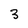
Character: 3